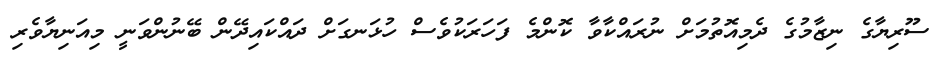
ސޫރިޔާގެ ނިޒާމުގެ ދެމިއޮތުމަށް ނުރައްކާވާ ކޮންމެ ފަހަރަކުވެސް ހުޅަނގަށް ދައްކައިދޭން ބޭނުންވަނީ މިއަނިޔާވެރި